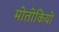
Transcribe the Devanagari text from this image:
मोतोकियो